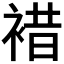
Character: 𧛊